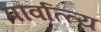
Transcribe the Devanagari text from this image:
पौर्वात्त्य